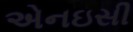
એનઇસી